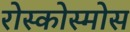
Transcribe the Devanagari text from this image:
रोस्कोस्मोस